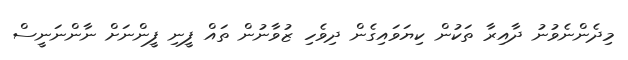
މިދެންނެވުނު ދާއިރާ ތަކުން ކިޔަވައިގެން ދިވެހި ޒުވާނުން ތައް ފީނި ފީންނަށް ނާންނަނީސް